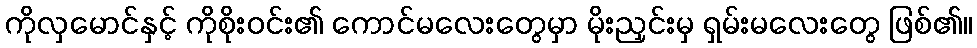
ကိုလှမောင်နှင့် ကိုစိုးဝင်း၏ ကောင်မလေးတွေမှာ မိုးညှင်းမှ ရှမ်းမလေးတွေ ဖြစ်၏။